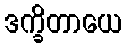
ဒက္ခိတာယေ